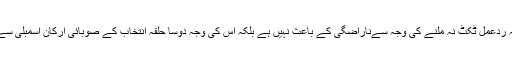
ہریش چندر کا یہ ردعمل ٹکٹ نہ ملنے کی وجہ سےناراضگی کے باعث نہیں ہے بلکہ اس کی وجہ دوسا حلقۂ انتخاب کے صوبائی ارکان اسمبلی سے سے ان بن ہے۔